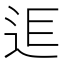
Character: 𨒎